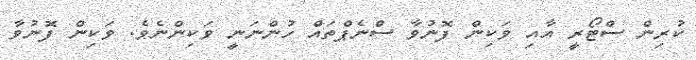
ކުރިން ސްޓޯރީ އާއި ވަކިން ފޮނުވާ ސްނެޕްތައް ހުންނަނީ ވަކިންނެވެ. ވަކިން ފޮނުވާ